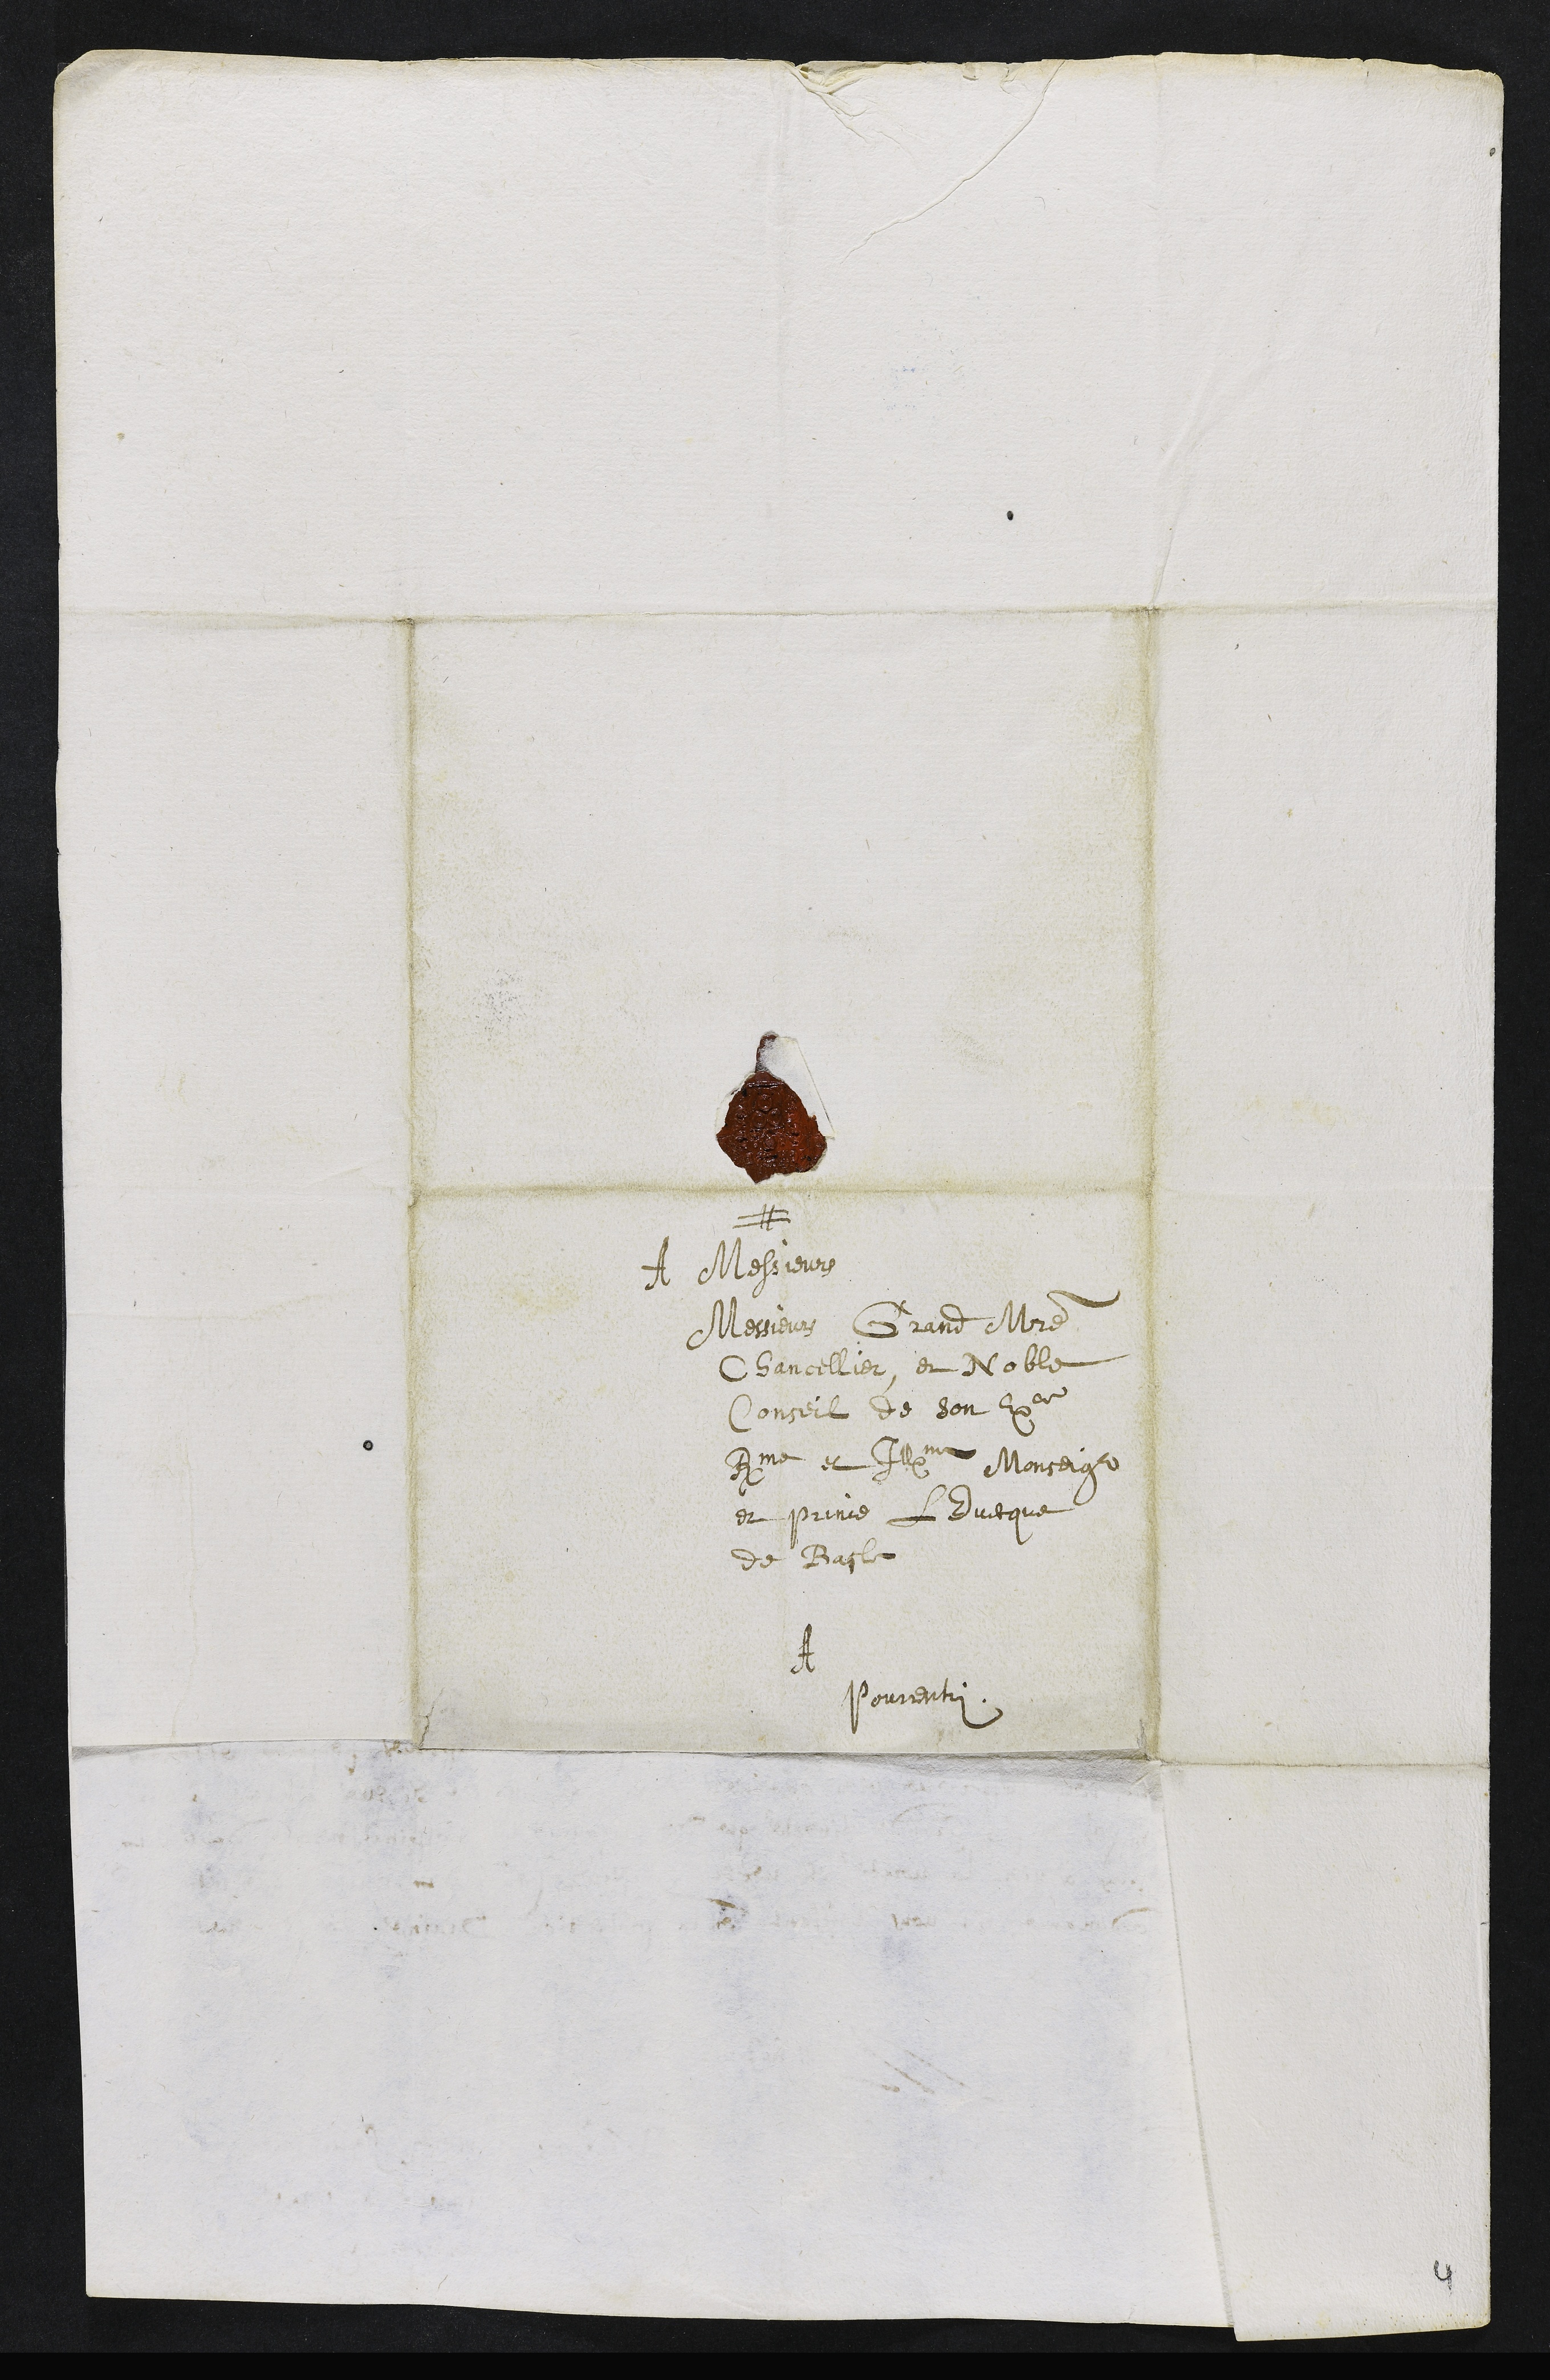
A Messieurs
Messieurs Grand Maitre
Chancellier, et Noble
Conseil de son Exce
Rme et Illme Monseigr
et prince LEvesque
de Basle
A
Pourrentruy
4